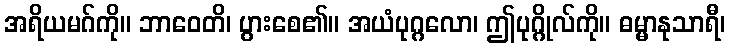
အရိယမဂ်ကို။ ဘာဝေတိ၊ ပွားစေ၏။ အယံပုဂ္ဂလော၊ ဤပုဂ္ဂိုလ်ကို။ ဓမ္မာနုသာရီ၊